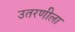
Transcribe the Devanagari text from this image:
उतरणीला